画像に写った文字を読んでください
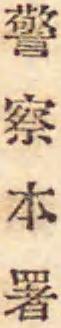
「警察本署」と書いてあります